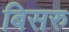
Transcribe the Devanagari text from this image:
बिसरु